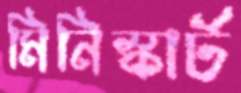
মিনিস্কার্ট